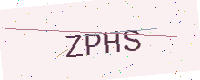
Text: ZPHS